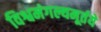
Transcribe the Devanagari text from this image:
विश्वमंगल्यमूर्तये